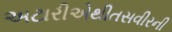
અટારીએથીતસવીરની